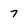
Character: 7